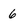
Character: 6